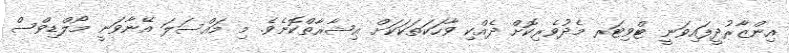
އިންޒާރުދީފައިވަނީ ޓްވިޓަރ މެދުވެރިކޮށް ދެއްކި ވާހަކަތަކަކަށް ޢިޝާރާތްކޮށެވެ. މި މައްސަލަ އޭނާވަނީ މޯލްޑިވްސް